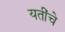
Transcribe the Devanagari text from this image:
यतींचे